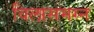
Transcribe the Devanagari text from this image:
विलासमग्न